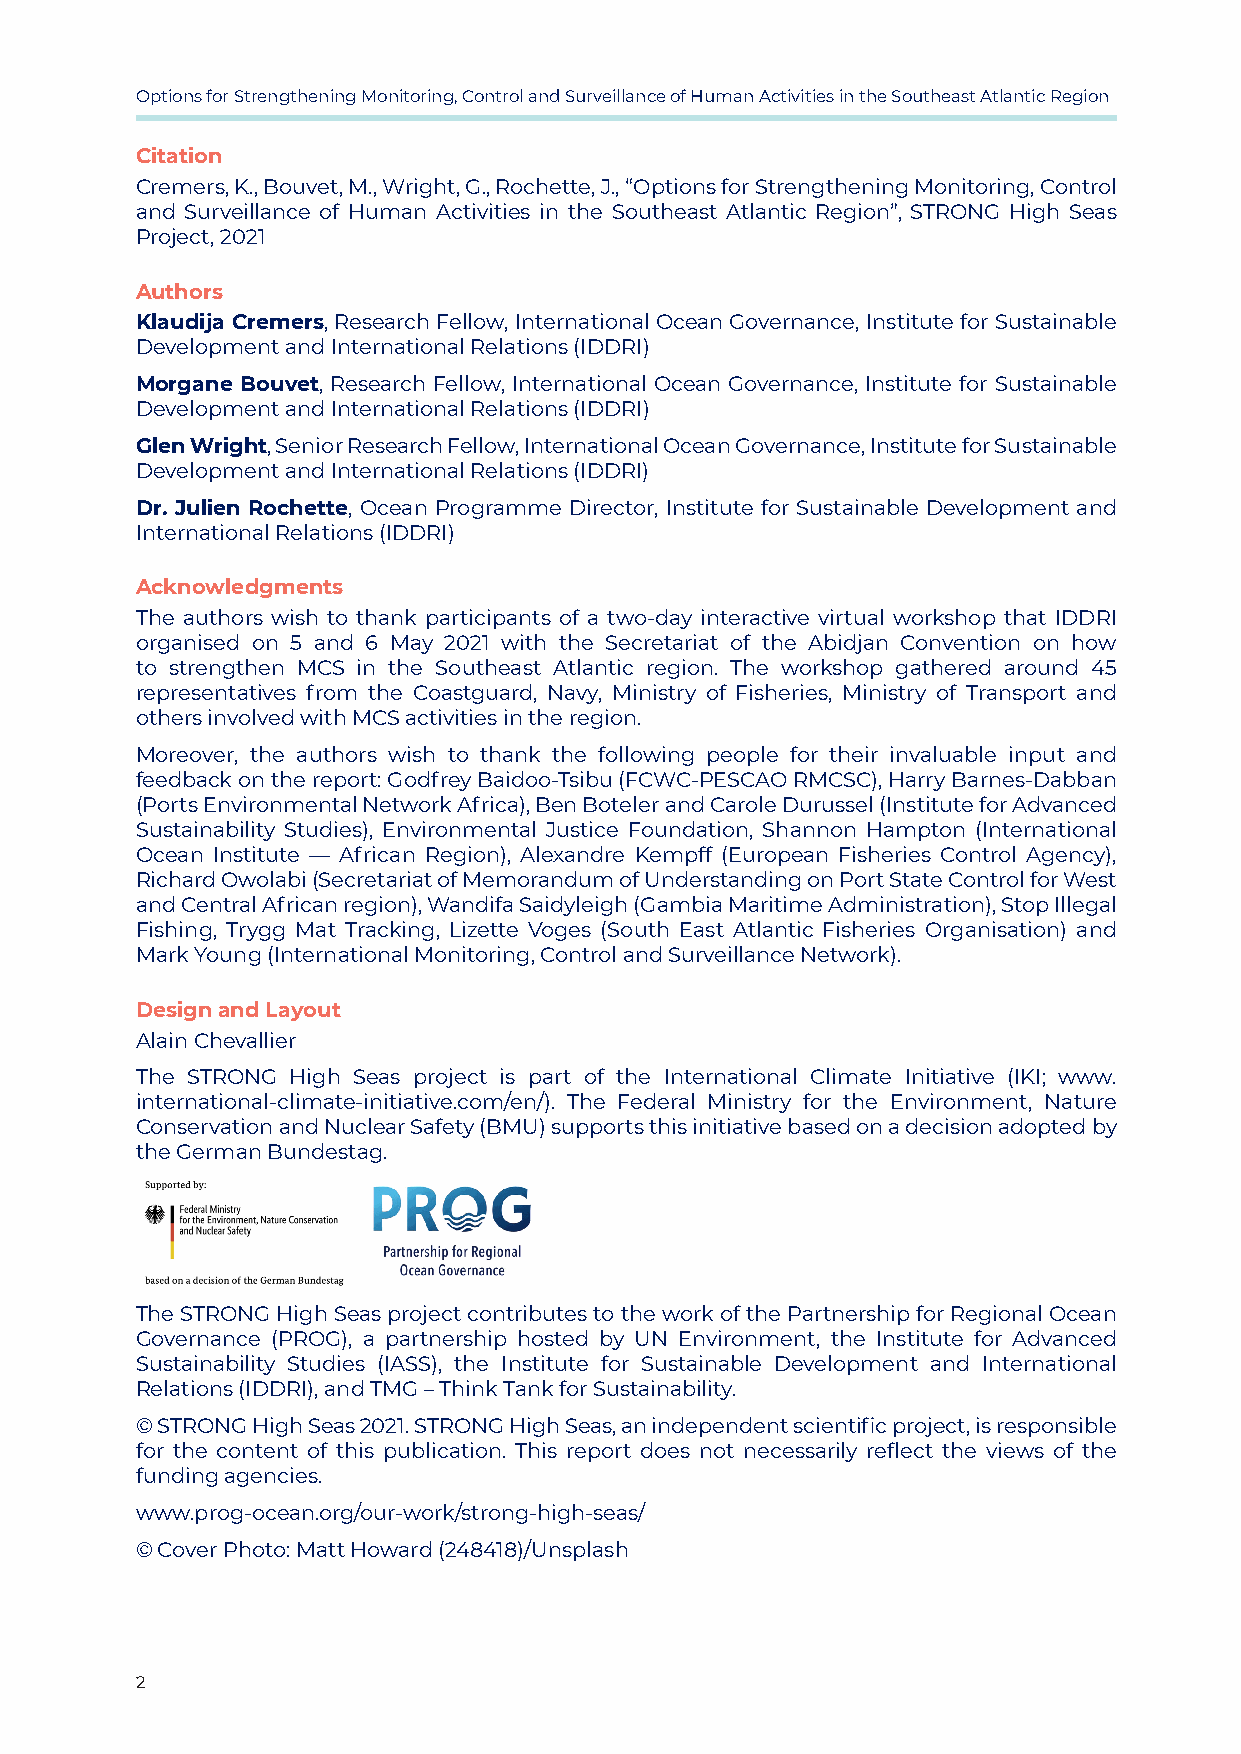
Options for Strengthening Monitoring, Control and Surveillance of Human Activities in the Southeast Atlantic Region
 Citation
 Cremers, K., Bouvet, M., Wright, G., Rochette, J., “Options for Strengthening Monitoring, Control
 and Surveillance of Human Activities in the Southeast Atlantic Region”, STRONG High Seas
 Project, 2021
 Authors
 Klaudija Cremers, Research Fellow, International Ocean Governance, Institute for Sustainable
 Development and International Relations (IDDRI)
 Morgane Bouvet, Research Fellow, International Ocean Governance, Institute for Sustainable
 Development and International Relations (IDDRI)
 Glen Wright, Senior Research Fellow, International Ocean Governance, Institute for Sustainable
 Development and International Relations (IDDRI)
 Dr. Julien Rochette, Ocean Programme Director, Institute for Sustainable Development and
 International Relations (IDDRI)
 Acknowledgments
 The authors wish to thank participants of a two-day interactive virtual workshop that IDDRI
 organised on 5 and 6 May 2021 with the Secretariat of the Abidjan Convention on how
 to strengthen MCS in the Southeast Atlantic region. The workshop gathered around 45
 representatives from the Coastguard, Navy, Ministry of Fisheries, Ministry of Transport and
 others involved with MCS activities in the region.
 Moreover, the authors wish to thank the following people for their invaluable input and
 feedback on the report: Godfrey Baidoo-Tsibu (FCWC-PESCAO RMCSC), Harry Barnes-Dabban
 (Ports Environmental Network Africa), Ben Boteler and Carole Durussel (Institute for Advanced
 Sustainability Studies), Environmental Justice Foundation, Shannon Hampton (International
 Ocean Institute — African Region), Alexandre Kempff (European Fisheries Control Agency),
 Richard Owolabi (Secretariat of Memorandum of Understanding on Port State Control for West
 and Central African region), Wandifa Saidyleigh (Gambia Maritime Administration), Stop Illegal
 Fishing, Trygg Mat Tracking, Lizette Voges (South East Atlantic Fisheries Organisation) and
 Mark Young (International Monitoring, Control and Surveillance Network).
 Design and Layout
 Alain Chevallier
 The STRONG High Seas project is part of the International Climate Initiative (IKI; www.
 international-climate-initiative.com/en/). The Federal Ministry for the Environment, Nature
 Conservation and Nuclear Safety (BMU) supports this initiative based on a decision adopted by
 the German Bundestag.
 The STRONG High Seas project contributes to the work of the Partnership for Regional Ocean
 Governance (PROG), a partnership hosted by UN Environment, the Institute for Advanced
 Sustainability Studies (IASS), the Institute for Sustainable Development and International
 Relations (IDDRI), and TMG – Think Tank for Sustainability.
 © STRONG High Seas 2021. STRONG High Seas, an independent scientific project, is responsible
 for the content of this publication. This report does not necessarily reflect the views of the
 funding agencies.
 www.prog-ocean.org/our-work/strong-high-seas/
 © Cover Photo: Matt Howard (248418)/Unsplash
 2